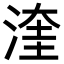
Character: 𪶙